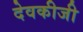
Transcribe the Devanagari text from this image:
देवकीजी